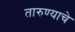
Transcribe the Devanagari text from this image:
तारुण्याचे